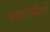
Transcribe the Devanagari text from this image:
अव्यवास्थिती